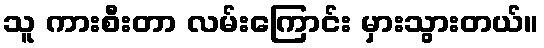
သူ ကားစီးတာ လမ်းကြောင်း မှားသွားတယ်။